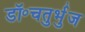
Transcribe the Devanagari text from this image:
डॉ॰चतुर्भुज